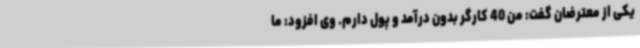
یکی از معترضان گفت: من 40 کارگر بدون درآمد و پول دارم. وی افزود: ما